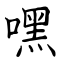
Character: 嘿